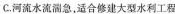
C.河流水流湍急，适合修建大型水利工程